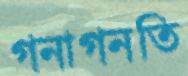
গনাগনতি